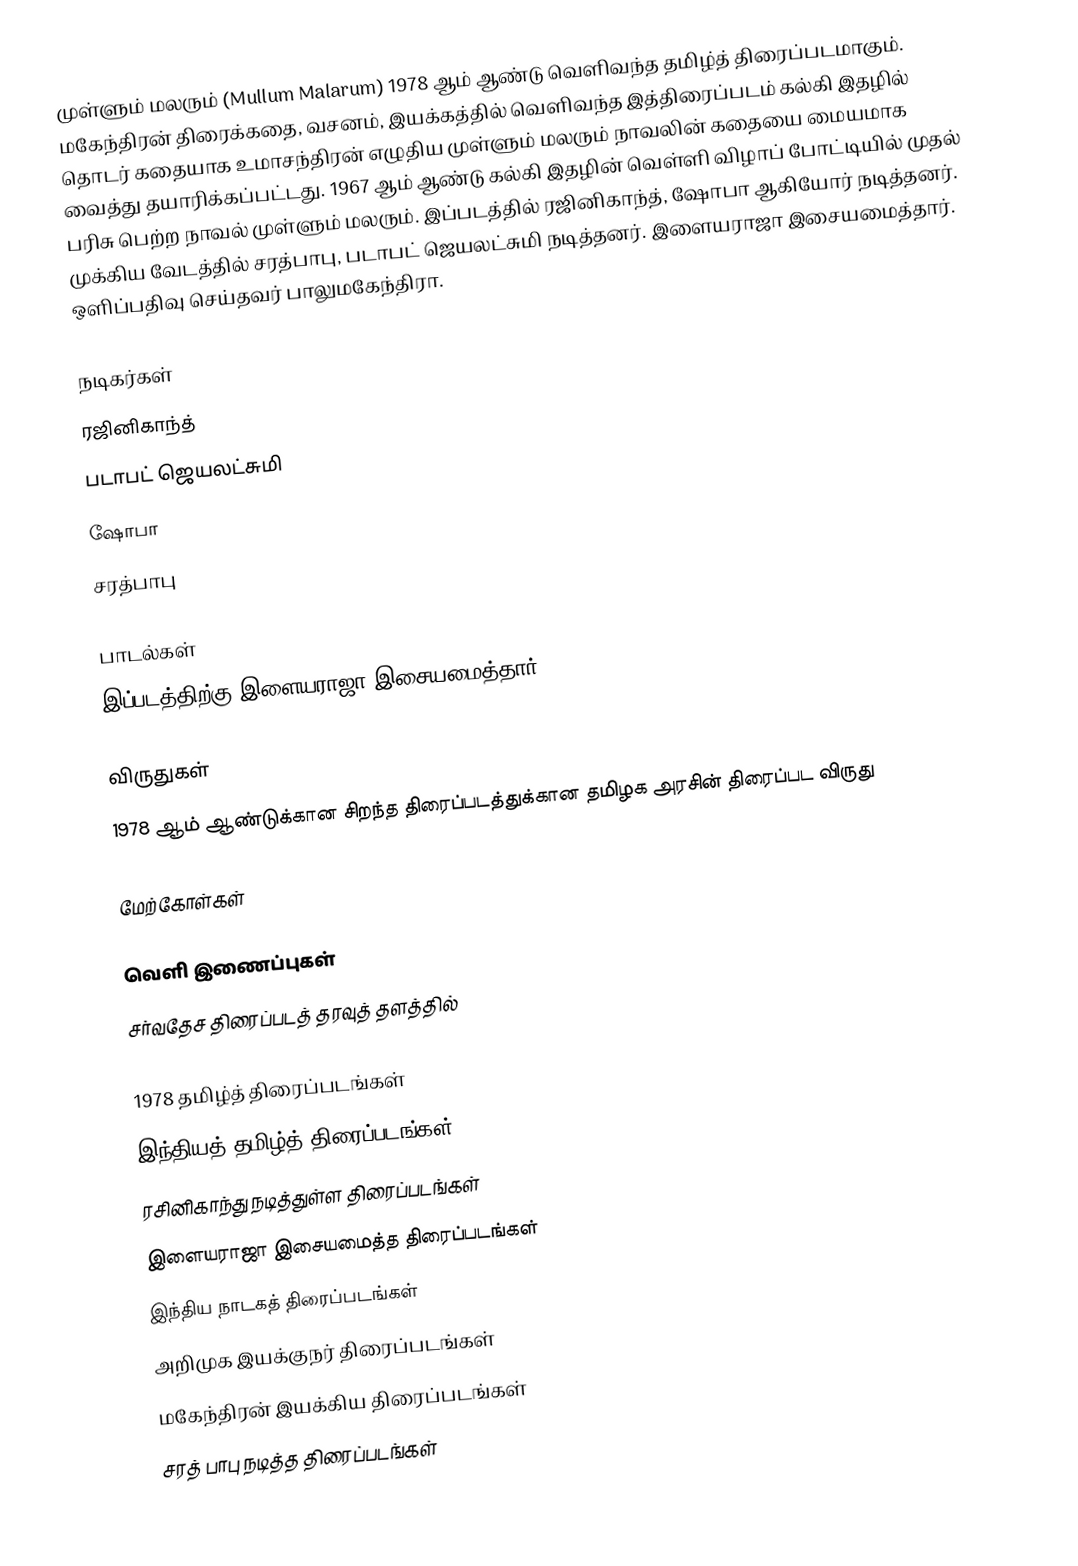
முள்ளும் மலரும் (Mullum Malarum) 1978 ஆம் ஆண்டு வெளிவந்த தமிழ்த் திரைப்படமாகும். மகேந்திரன் திரைக்கதை, வசனம், இயக்கத்தில் வெளிவந்த இத்திரைப்படம்  கல்கி இதழில் தொடர் கதையாக உமாசந்திரன் எழுதிய முள்ளும் மலரும் நாவலின் கதையை மையமாக வைத்து தயாரிக்கப்பட்டது. 1967 ஆம் ஆண்டு கல்கி இதழின் வெள்ளி விழாப் போட்டியில் முதல் பரிசு பெற்ற நாவல் முள்ளும் மலரும். இப்படத்தில் ரஜினிகாந்த், ஷோபா ஆகியோர் நடித்தனர். முக்கிய வேடத்தில் சரத்பாபு, படாபட் ஜெயலட்சுமி நடித்தனர். இளையராஜா இசையமைத்தார். ஒளிப்பதிவு செய்தவர் பாலுமகேந்திரா.

நடிகர்கள்
 ரஜினிகாந்த்
 படாபட் ஜெயலட்சுமி
 ஷோபா
 சரத்பாபு

பாடல்கள்
இப்படத்திற்கு இளையராஜா இசையமைத்தார்.

விருதுகள்
 1978 ஆம் ஆண்டுக்கான சிறந்த திரைப்படத்துக்கான தமிழக அரசின் திரைப்பட விருது

மேற்கோள்கள்

வெளி இணைப்புகள்
சர்வதேச திரைப்படத் தரவுத் தளத்தில்

1978 தமிழ்த் திரைப்படங்கள்
இந்தியத் தமிழ்த் திரைப்படங்கள்
ரசினிகாந்து நடித்துள்ள திரைப்படங்கள்
இளையராஜா இசையமைத்த திரைப்படங்கள்
இந்திய நாடகத் திரைப்படங்கள்
அறிமுக இயக்குநர் திரைப்படங்கள்
மகேந்திரன் இயக்கிய திரைப்படங்கள்
சரத் பாபு நடித்த திரைப்படங்கள்